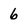
Character: 6